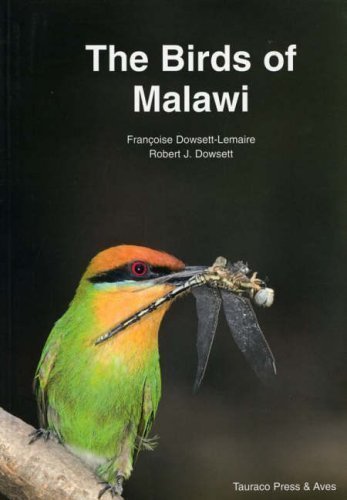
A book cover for The Birds of Malawi: An Atlas and Handbook by Dowsett-Lemaire, Francoise, Dowsett, Robert J. published by Tauraco & Aves (2006); Travel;